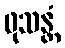
ဖုသန္တံ